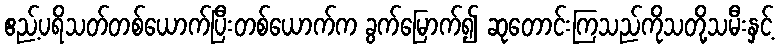
ဧည့်ပရိသတ်တစ်ယောက်ပြီးတစ်ယောက်က ခွက်မြောက်၍ ဆုတောင်းကြသည်ကိုသတို့သမီးနှင့်